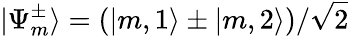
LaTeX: \mathinner{|{\Psi_{m}^{\pm}}\rangle}=(\mathinner{|{m,1}\rangle}\pm\mathinner{|{m,2}\rangle})/\sqrt{2}